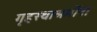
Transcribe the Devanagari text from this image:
गृहस्थाश्रमींना